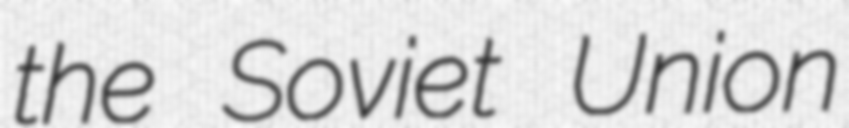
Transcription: the Soviet Union